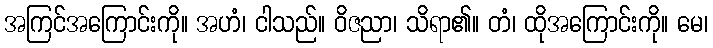
အကြင်အကြောင်းကို။ အဟံ၊ ငါသည်။ ဝိဇညာ၊ သိရာ၏။ တံ၊ ထိုအကြောင်းကို။ မေ၊